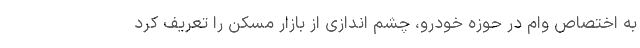
به اختصاص وام در حوزه خودرو، چشم اندازی از بازار مسکن را تعریف کرد